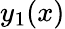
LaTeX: y_{1}(x)